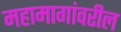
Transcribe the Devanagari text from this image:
महामागांवरील